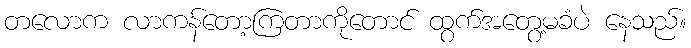
တလောက လာကန်တော့ကြတာကိုတောင် ထွက်အတွေ့မခံပဲ နေသည်။